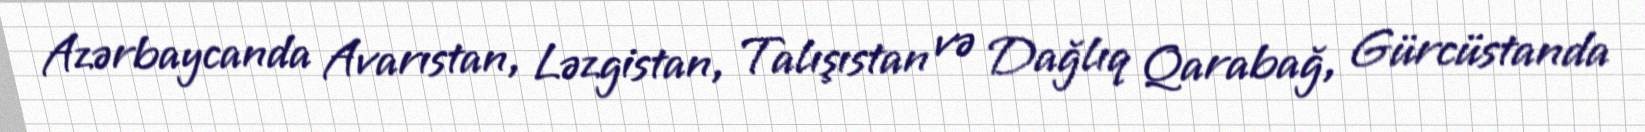
Azərbaycanda Avarıstan, Ləzgistan, Talışıstan və Dağlıq Qarabağ, Gürcüstanda